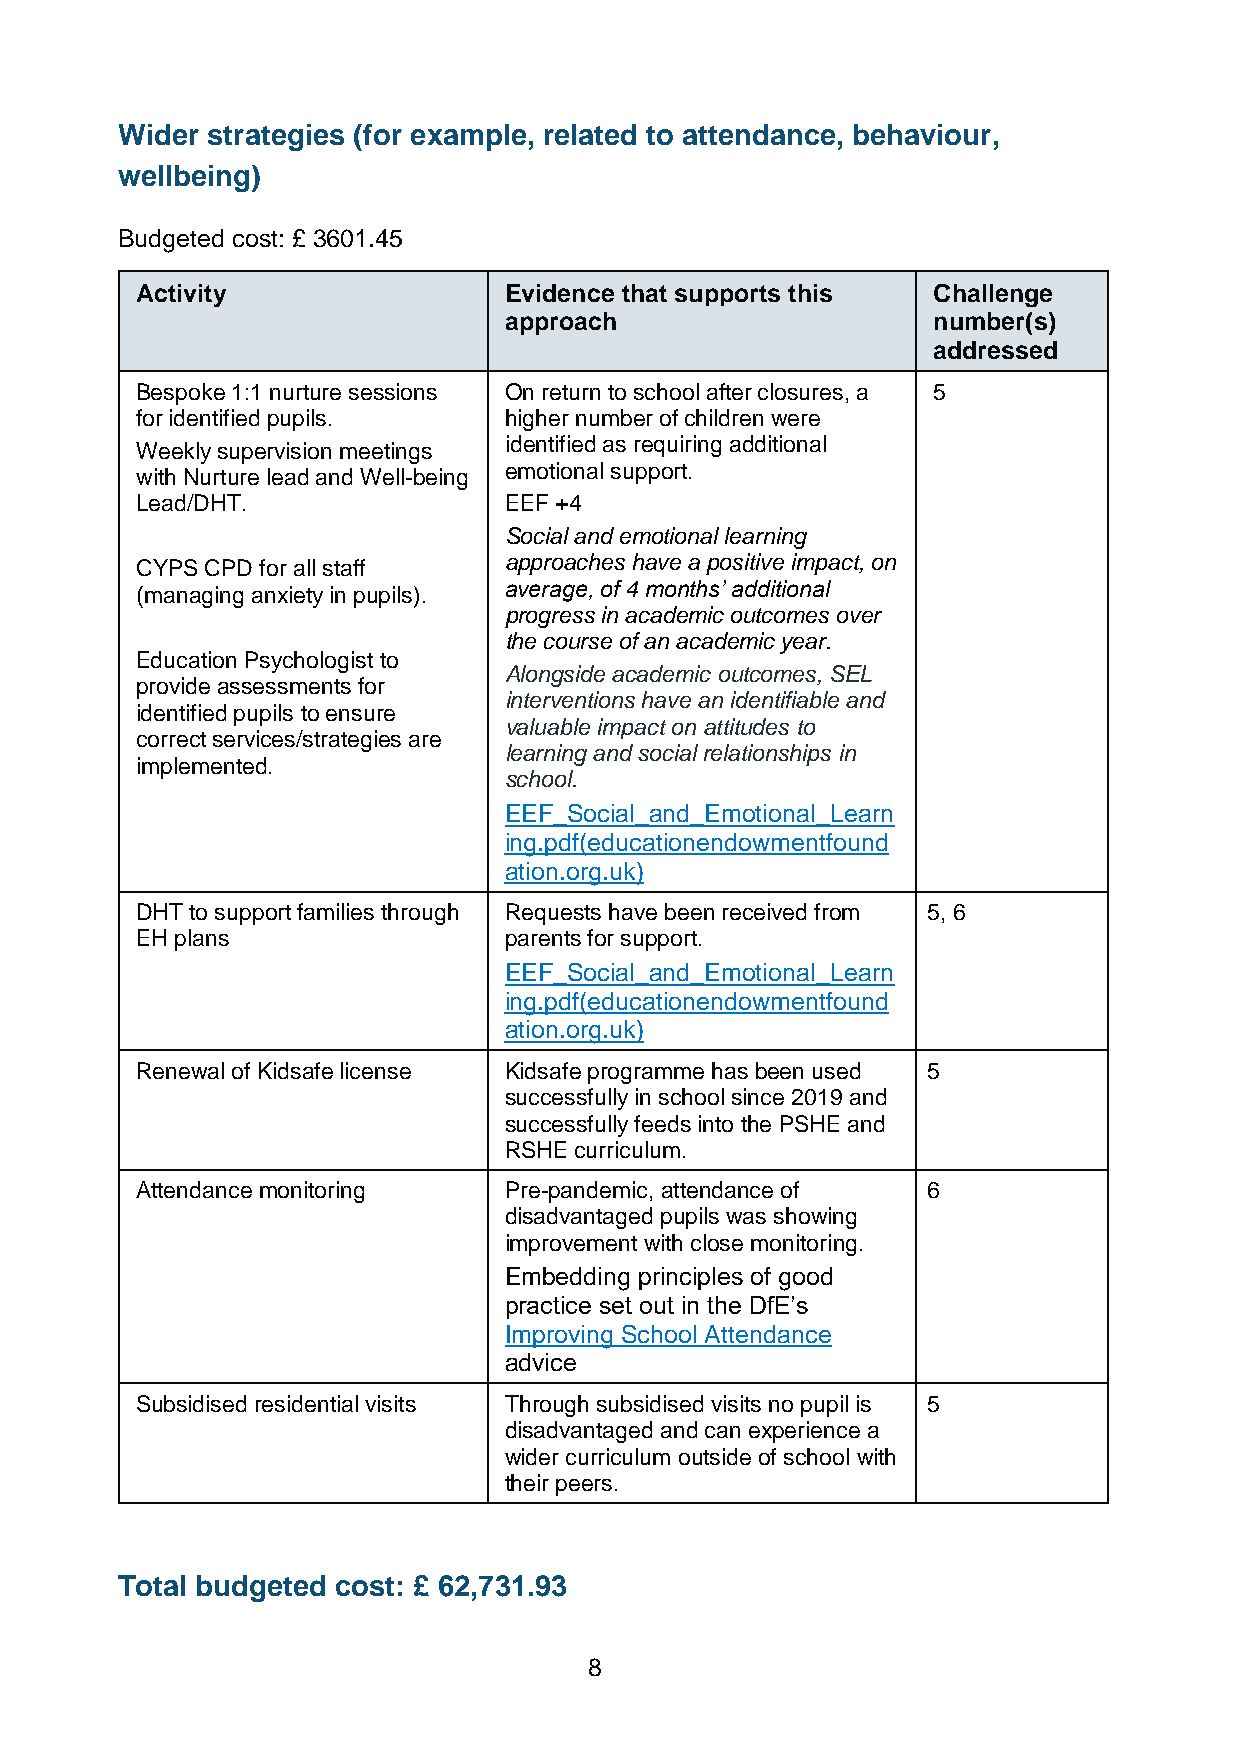
Wider strategies (for example, related to attendance, behaviour,
 wellbeing)
 Budgeted cost: £ 3601.45
 Activity                Evidence that supports this  Challenge
 approach                     number(s)
 addressed
 Bespoke 1:1 nurture sessions On return to school after closures, a 5
 for identified pupils.  higher number of children were
 Weekly supervision meetings identified as requiring additional
 with Nurture lead and Well-being emotional support.
 Lead/DHT.               EEF +4
 Social and emotional learning
 approaches have a positive impact, on
 CYPS CPD for all staff
 average, of 4 months’ additional
 (managing anxiety in pupils).
 progress in academic outcomes over
 the course of an academic year.
 Education Psychologist to
 Alongside academic outcomes, SEL
 provide assessments for
 interventions have an identifiable and
 identified pupils to ensure
 valuable impact on attitudes to
 correct services/strategies are
 learning and social relationships in
 implemented.
 school.
 EEF_Social_and_Emotional_Learn
 ing.pdf(educationendowmentfound
 ation.org.uk)
 DHT to support families through Requests have been received from 5, 6
 EH plans                parents for support.
 EEF_Social_and_Emotional_Learn
 ing.pdf(educationendowmentfound
 ation.org.uk)
 Renewal of Kidsafe license Kidsafe programme has been used 5
 successfully in school since 2019 and
 successfully feeds into the PSHE and
 RSHE curriculum.
 Attendance monitoring   Pre-pandemic, attendance of 6
 disadvantaged pupils was showing
 improvement with close monitoring.
 Embedding principles of good
 practice set out in the DfE’s
 Improving School Attendance
 advice
 Subsidised residential visits Through subsidised visits no pupil is 5
 disadvantaged and can experience a
 wider curriculum outside of school with
 their peers.
 Total budgeted cost: £ 62,731.93
 8